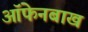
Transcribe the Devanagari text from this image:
ऑफेनबाख